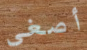
أصغي